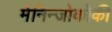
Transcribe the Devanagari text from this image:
मेनिन्जोकोकी